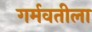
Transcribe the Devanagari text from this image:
गर्मवतीला